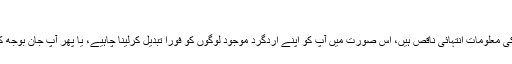
‘
مزید کہا گیا: ’اس سے یہ بات واضح ہوتی ہے کہ یا تو آپ کی معلومات انتہائی ناقص ہیں، اس صورت میں آپ کو اپنے اردگرد موجود لوگوں کو فوراً تبدیل کرلینا چاہیے، یا پھر آپ جان بوجھ کر حقائق چھپا رہے ہیں، جو کہ ایک انتہائی سنجیدہ بات ہے۔